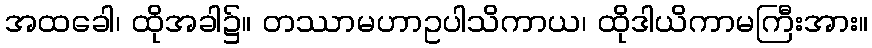
အထခေါ၊ ထိုအခါ၌။ တဿာမဟာဥပါသိကာယ၊ ထိုဒါယိကာမကြီးအား။